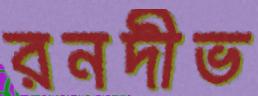
রনদীভ